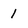
Character: 1